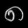
Digit: ၈